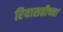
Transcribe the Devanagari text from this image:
रियासतीच्या